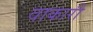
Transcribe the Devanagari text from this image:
वाकारी